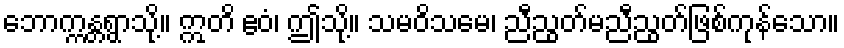
ဘောက္ကန္တရွာသို့။ ဣတိ ဧဝံ၊ ဤသို့။ သမဝိသမေ၊ ညီညွတ်မညီညွတ်ဖြစ်ကုန်သော။